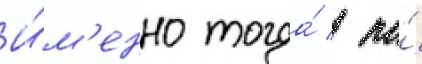
И́м'енно тогда́ / по́